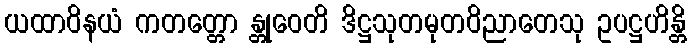
ယထာဝိနယံ ကတတ္တော န္တုဝေတိ ဒိဋ္ဌသုတမုတဝိညာတေသု ဥပဋ္ဌဟိန္တိ